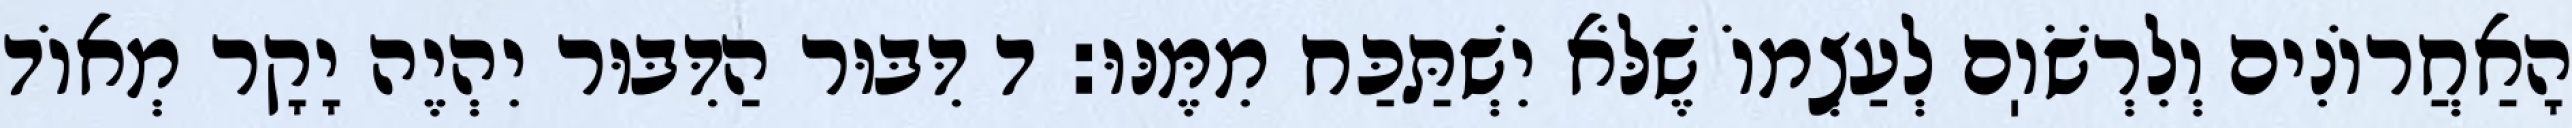
הָאַחֲרוֹנִים וְלִרְשֹׁוֽם לְעַצְמוֹ שֶׁלֹּא יִשְׁתַּכַּח מִמֶּנּוּ: ד דִּבּוּר הַדִּבּוּר יִהְיֶה יָקָר מְאוֹד